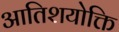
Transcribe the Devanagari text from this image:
आतिशयोक्ति